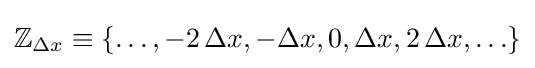
\mathbb {Z} _{\Delta x}\equiv \{\ldots ,-2\,\Delta x,-\Delta x,0,\Delta x,2\,\Delta x,\ldots \}